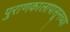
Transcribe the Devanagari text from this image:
पुराणकालापासूनच्या